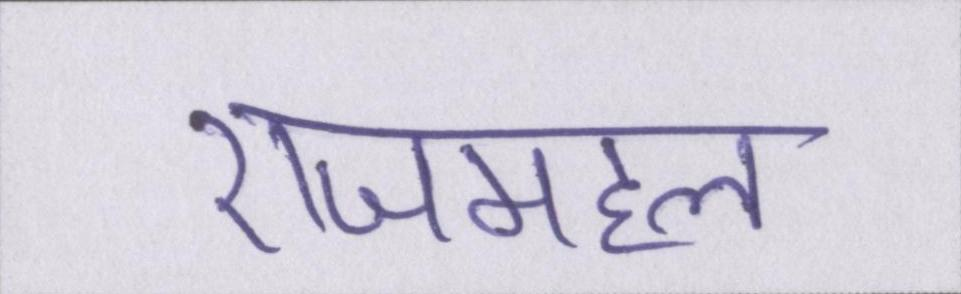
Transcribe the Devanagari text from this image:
राजमहल